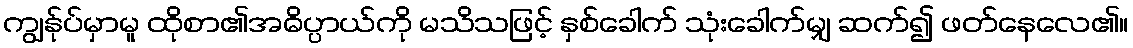
ကျွန်ုပ်မှာမူ ထိုစာ၏အဓိပ္ပာယ်ကို မသိသဖြင့် နှစ်ခေါက် သုံးခေါက်မျှ ဆက်၍ ဖတ်နေလေ၏။